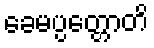
ခေမပ္ပတ္တောတိ